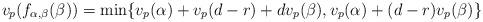
LaTeX: \begin{align*} v_p(f_{\alpha, \beta}(\beta)) = \min \{ v_p(\alpha) + v_p(d-r) + d v_p(\beta), v_p(\alpha) + (d-r) v_p(\beta)\}\end{align*}